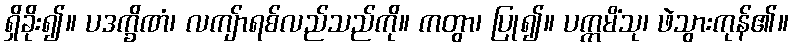
ရှိခိုး၍။ ပဒက္ခိဏံ၊ လကျ်ာရစ်လည်သည်ကို။ ကတွာ၊ ပြု၍။ ပက္ကမိံသု၊ ဖဲသွားကုန်၏။